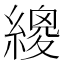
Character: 繌